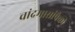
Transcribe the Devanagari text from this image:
चांद्रमासांपैकी